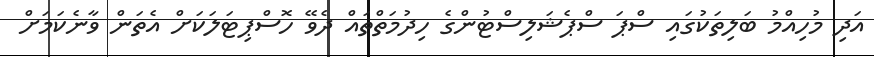
އަދި މުހިއްމު ބަލިތަކުގައި ސްޕަ ސްޕެޝަލިސްޓުންގެ ހިދުމަތްތައް ދެވޭ ހޮސްޕިޓަލަކަށް އެތަން ވާނެކަމަށް